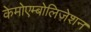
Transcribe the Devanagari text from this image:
केमोएम्बोलिज़ेशन